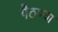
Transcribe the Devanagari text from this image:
पैठण्या